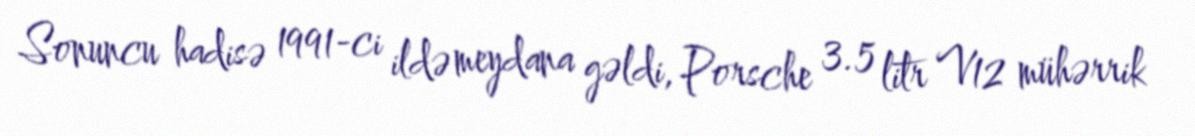
Sonuncu hadisə 1991-ci ildə meydana gəldi, Porsche 3.5 litr V12 mühərrik